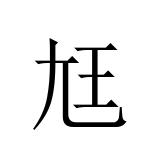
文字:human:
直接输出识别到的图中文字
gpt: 尪